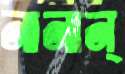
নানান্‌